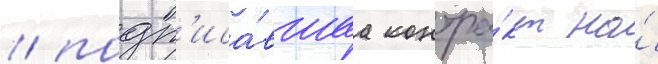
/ подп'иса́вшаа контра́кт на́